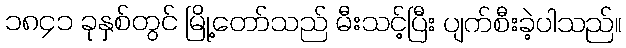
၁၈၄၁ ခုနှစ်တွင် မြို့တော်သည် မီးသင့်ပြီး ပျက်စီးခဲ့ပါသည်။